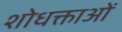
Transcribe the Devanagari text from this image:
शोधक्ताओं